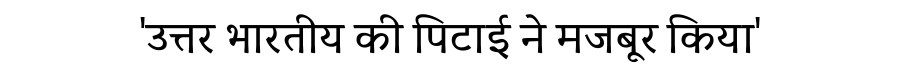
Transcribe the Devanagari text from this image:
'उत्तर भारतीय की पिटाई ने मजबूर किया'